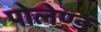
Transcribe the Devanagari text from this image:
पोलेण्ड